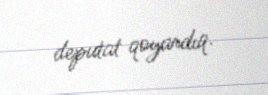
deputat qoyardıq.